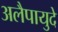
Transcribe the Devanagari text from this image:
अलैपायुदे